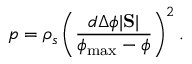
p = \rho _ { s } \left( \frac { d \Delta \phi | \mathrm { \bf S } | } { \phi _ { \mathrm { m a x } } - \phi } \right) ^ { 2 } .